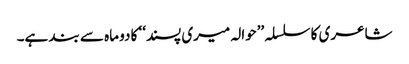
شاعری کا سلسلہ ’’حوالہ میری پسند‘‘ کا دو ماہ سے بند ہے۔